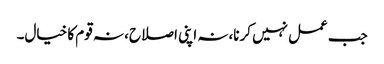
جب عمل نہیں کرنا،نہ اپنی اصلاح، نہ قوم کا خیال۔